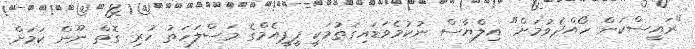
"ރައީސްކަން ހޯއްދެވުމަށް" އިލްޔާސް ނުކުމެވަޑައިގަތުމަކީ ޕީޕީއެމްގެ މަސްލަހަތު ހުރި ގޮތް ނޫން ކަމަށް